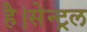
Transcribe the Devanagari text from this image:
है।सेन्ट्रल